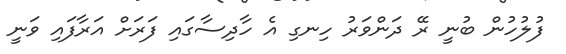
ފުލުހުން ބުނީ ރޭ ދަންވަރު ހިނގި އެ ހާދިސާގައި ފަރަށް އަރާފައި ވަނީ